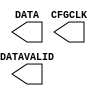
module USR_ACCESS_VIRTEX6 (
  CFGCLK,
  DATA,
  DATAVALID
);

  output CFGCLK;
  output DATAVALID;
  output [31:0] DATA;


endmodule